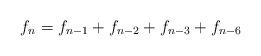
LaTeX: \begin{align*}f_{n}=f_{n-1}+f_{n-2}+f_{n-3}+f_{n-6}\end{align*}